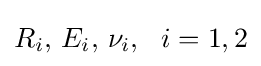
R_{i},\,E_{i},\,\nu _{i},~~i=1,2